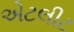
એટલીટ